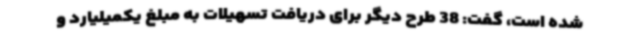
شده است، گفت: 38 طرح دیگر برای دریافت تسهیلات به مبلغ یکمیلیارد و